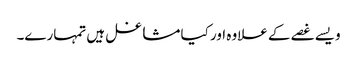
ویسے غصے کے علاوہ اور کیا مشاغل ہیں تمہارے۔